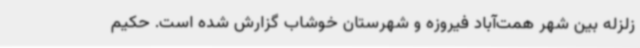
زلزله بین شهر همت‌آباد فیروزه و شهرستان خوشاب گزارش شده است. حکیم